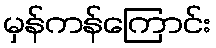
မှန်ကန်ကြောင်း